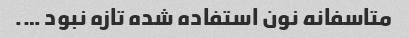
متاسفانه نون استفاده شده تازه نبود ….